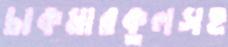
চাকমারকুলসহ